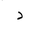
Letter: _dal